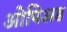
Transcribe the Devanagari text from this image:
ओपिअड